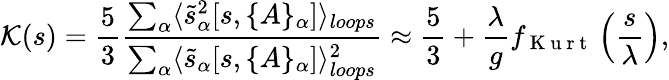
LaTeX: {\cal K}(s)=\frac 53\frac{\sum_{\alpha}\langle\tilde{s}_{\alpha}^{2}[s,\{ A\} _{\alpha}]\rangle_{loops}}{\sum_{\alpha}\langle\tilde{s}_{\alpha}[s,\{ A\} _{\alpha}]\rangle_{loops}^{2}}\approx\frac{5}{3}+\frac{\lambda}{g}f_{\mathrm{~K~u~r~t~}}\left(\frac{s}{\lambda}\right),